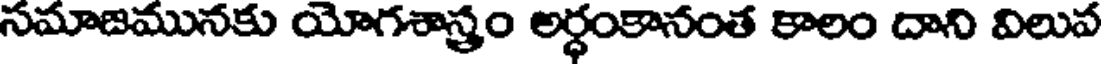
సమాజమునకు యోగశాస్త్రం అర్ధంకానంత కాలం దాని విలువ